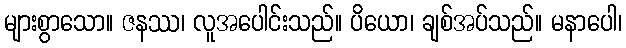
များစွာသော။ ဇနဿ၊ လူအပေါင်းသည်။ ပိယော၊ ချစ်အပ်သည်။ မနာပေါ၊